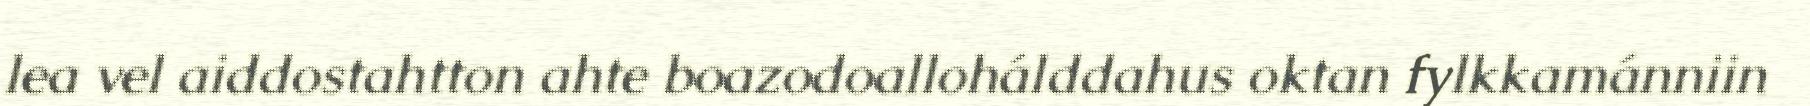
lea vel aiddostahtton ahte boazodoallohálddahus oktan fylkkamánniin